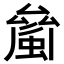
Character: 𧏝